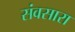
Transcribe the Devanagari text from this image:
संवसारा